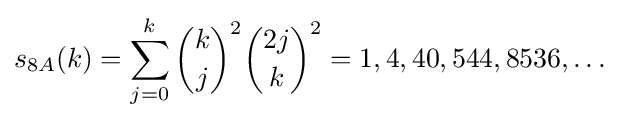
s_{8A}(k)=\sum _{j=0}^{k}{\binom {k}{j}}^{2}{\binom {2j}{k}}^{2}=1,4,40,544,8536,\ldots